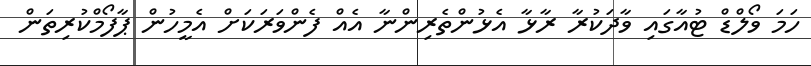
ހަމަ ވޯލްޑް ޓުއާގައި ވާދަކުރާ ރާޅާ އެޅުންތެރިންނާ އެއް ފެންވަރަކަށް އެމީހުން ޕާފޯމްކުރިތަން